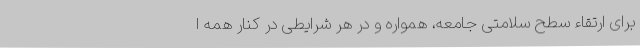
برای ارتقاء سطح سلامتی جامعه، همواره و در هر شرایطی در کنار همه ا